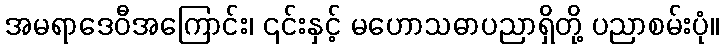
အမရာဒေဝီအကြောင်း၊ ၎င်းနှင့် မဟောသဓာပညာရှိတို့ ပညာစမ်းပုံ။